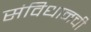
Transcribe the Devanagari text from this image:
संविधानची